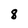
Character: 8